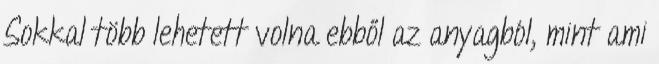
Sokkal több lehetett volna ebből az anyagból, mint ami